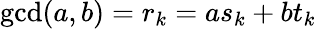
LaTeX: \operatorname*{gcd}(a,b)=r_{k}=as_{k}+bt_{k}